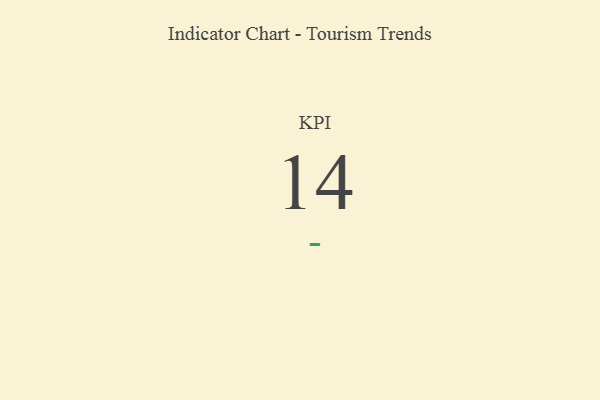
{"axis": {"x": "KPI", "y": "Value"}, "legend": [""], "data": [{"x": "KPI", "y": 14, "type": ""}]}